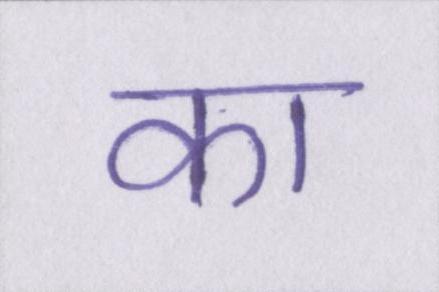
का